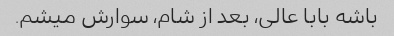
باشه بابا عالی، بعد از شام، سوارش میشم.